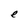
Character: e